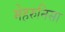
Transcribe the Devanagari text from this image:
मेहरुनिसा